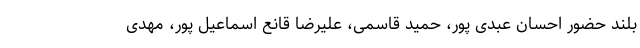
بلند حضور احسان عبدی پور، حمید قاسمی، علیرضا قانع اسماعیل پور، مهدی